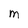
Character: M